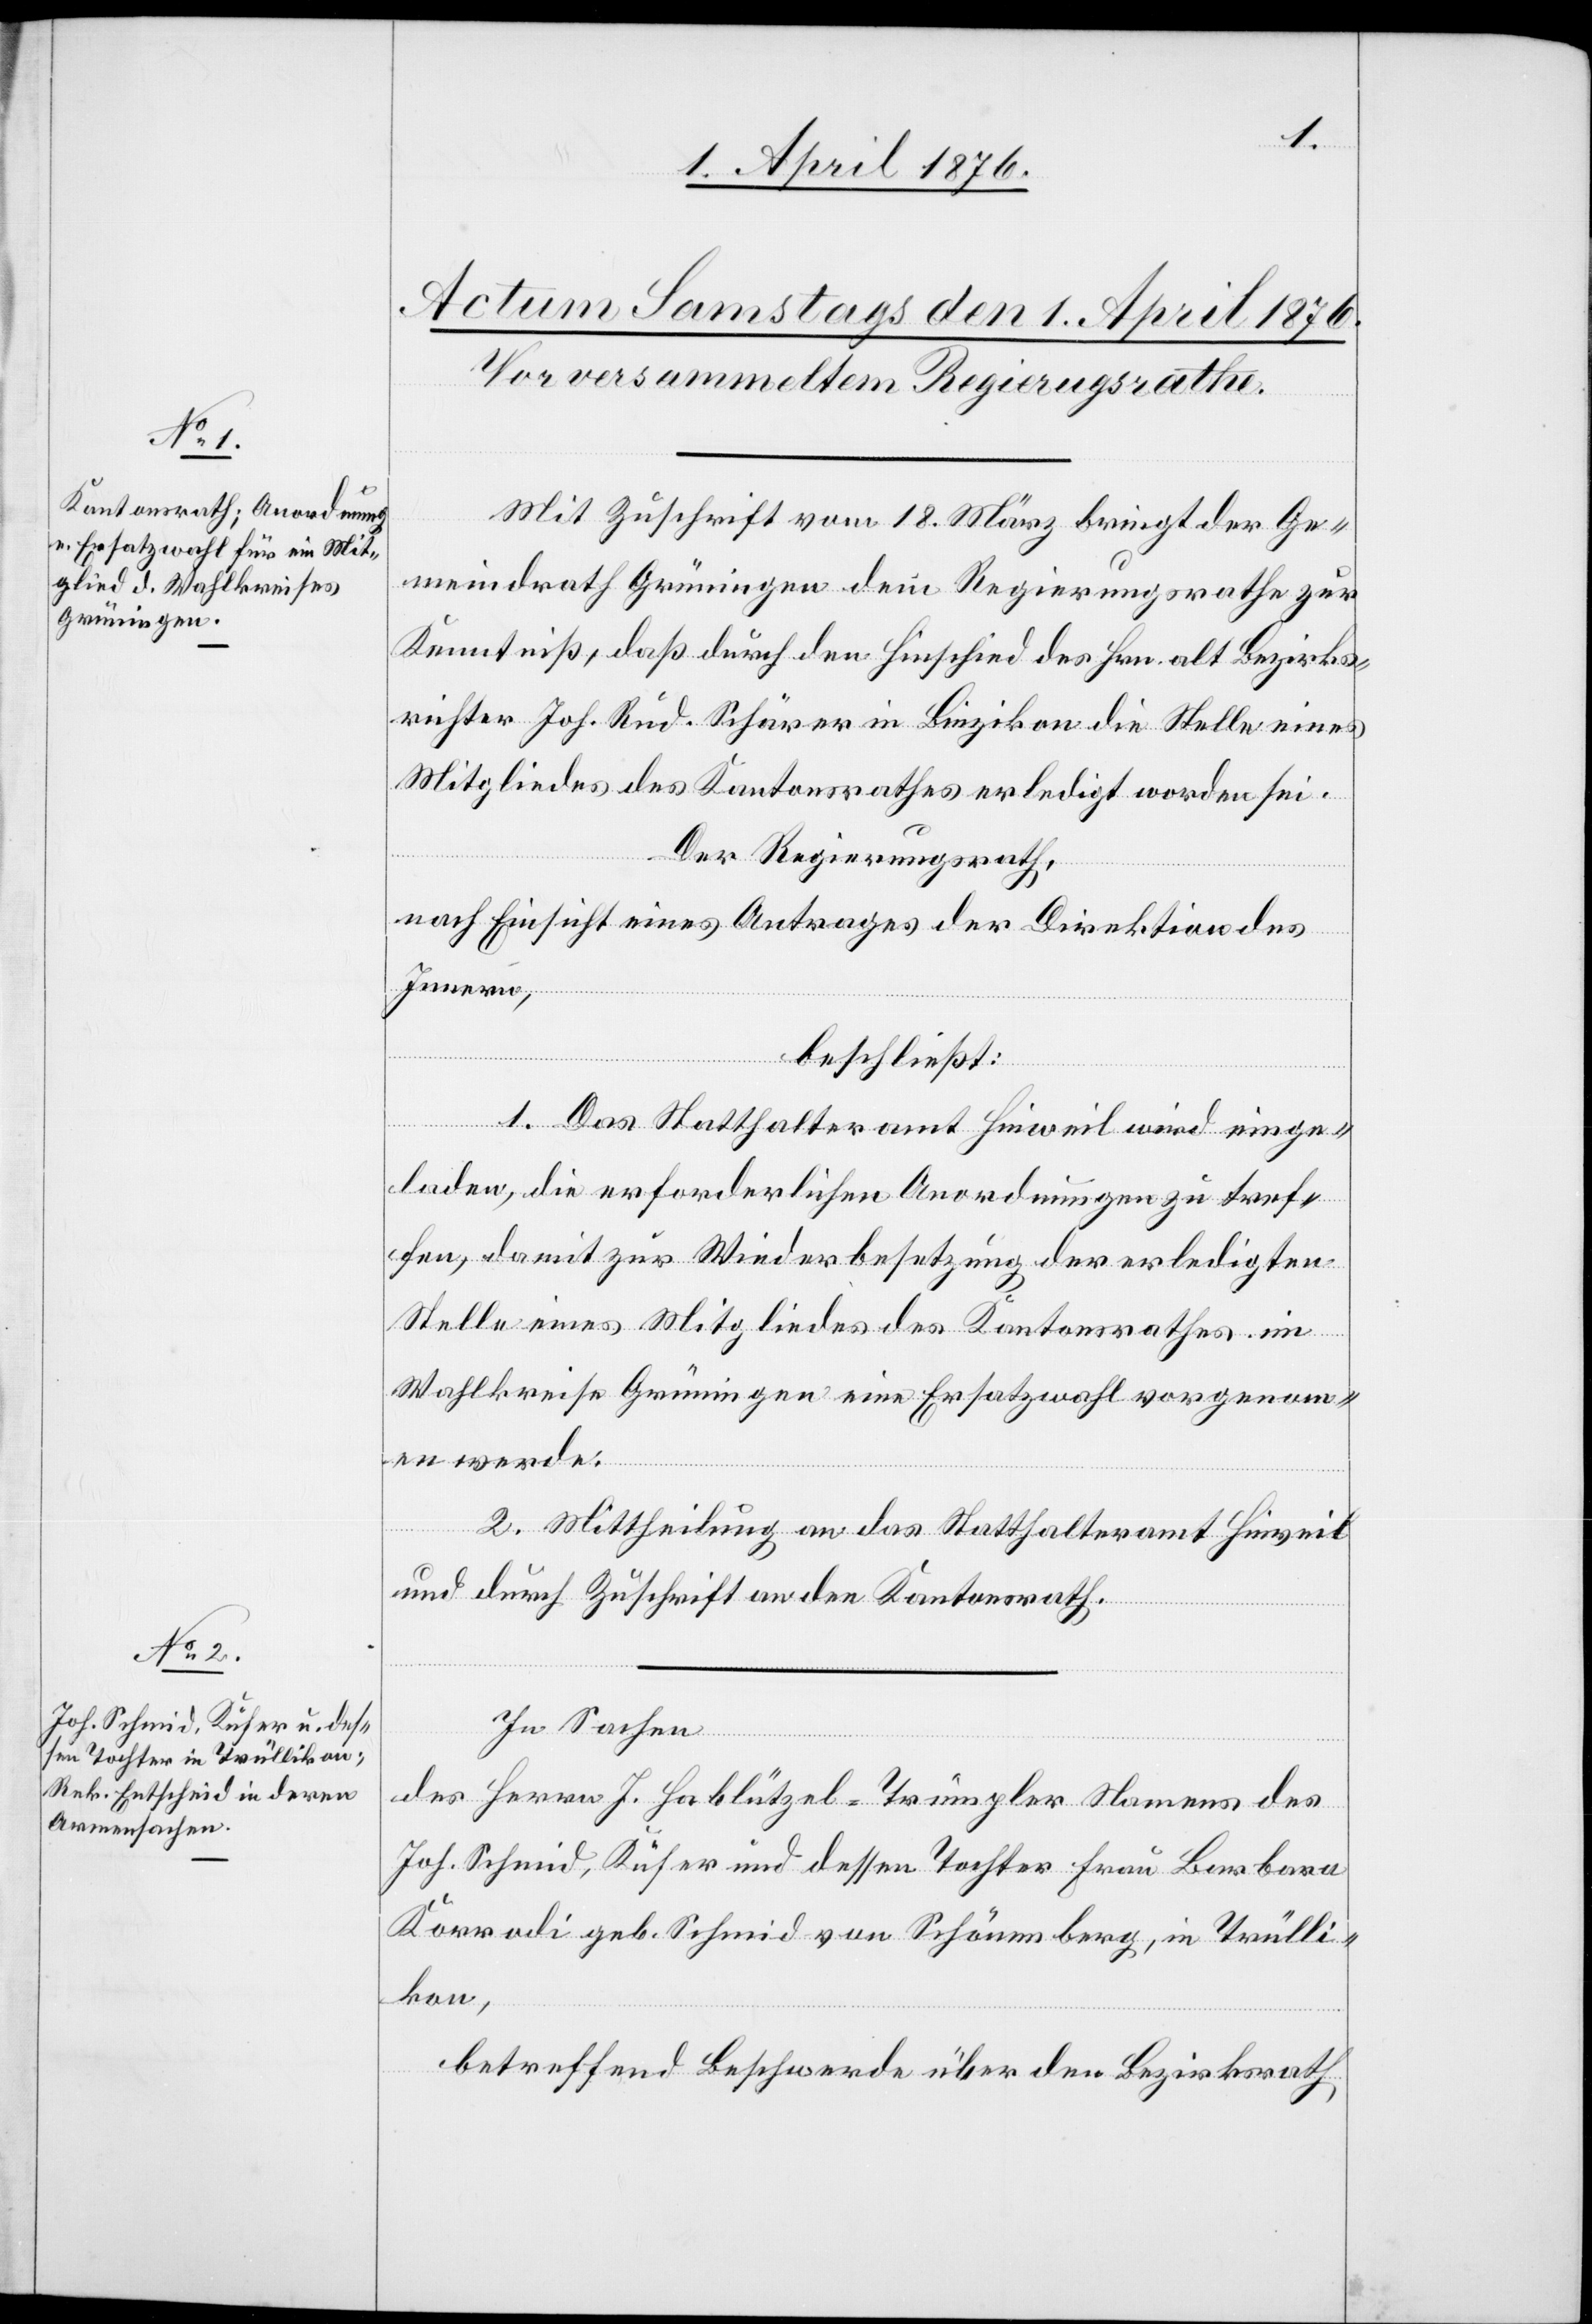
Mit Zuschrift vom 18. März bringt der Ge¬
meindrath Grüningen dem Regierungsrathe zur
Kenntniß, daß durch den Hinschied des Hrn. alt Bezirks¬
richter Joh. Rud. Schärer in Bizikon die Stelle eines
Mitgliedes des Kantonsrathes erledigt worden sei.
Der Regierungsrath,
nach Einsicht eines Antrages der Direktion des
Innern,
beschließt:
1. Das Statthalteramt Hinweil wird einge¬
laden, die erforderliche Anordnung zu tref¬
fen, damit zur Wiederbesetzung der erledigten
Stelle eines Mitgliedes des Kantonsrathes im
Wahlkreise Grüningen eine Ersatzwahl vorgenomm¬
en werde.
2. Mittheilung an das Statthalteramt Hinweil
und durch Zuschrift an den Kantonsrath.
In Sachen
des Herrn J. Hablützel-Trümpler Namens des
Joh. Schmid, Küfer und dessen Tochter Frau Barbara
Korrodi geb. Schmid von Schönenberg, in Trülli¬
kon,
betreffend Beschwerde über den Bezirksrath